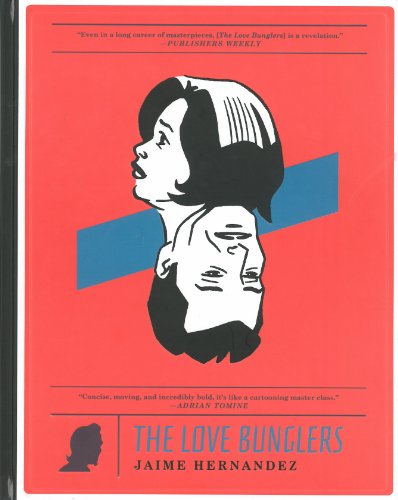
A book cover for The Love Bunglers; Jaime Hernandez; Comics & Graphic Novels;